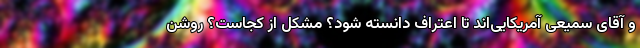
و آقای سمیعی آمریکایی‌اند تا اعتراف دانسته شود؟ مشکل از کجاست؟ روشن